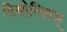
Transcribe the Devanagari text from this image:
दियोनिसस्